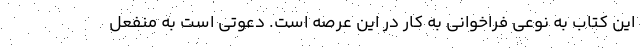
این کتاب به نوعی فراخوانی به کار در این عرصه است. دعوتی است به منفعل